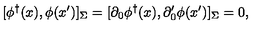
[ \phi ^ { \dagger } ( x ) , \phi ( x ^ { \prime } ) ] _ { \Sigma } = [ \partial _ { 0 } \phi ^ { \dagger } ( x ) , \partial _ { 0 } ^ { \prime } \phi ( x ^ { \prime } ) ] _ { \Sigma } = 0 ,